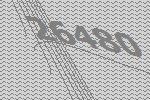
26480